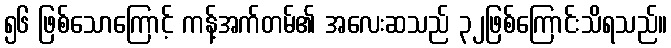
၅၆ ဖြစ်သောကြောင့် ကန့်အက်တမ်၏ အလေးဆသည် ၃၂ဖြစ်ကြောင်းသိရသည်။